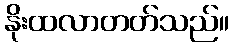
နိုးထလာတတ်သည်။